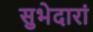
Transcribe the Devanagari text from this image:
सुभेदारां